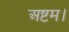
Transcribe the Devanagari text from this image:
अष्टम।